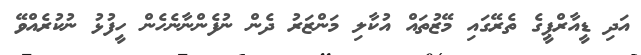
އަދި ޑީއާރްޕީގެ ތެރޭގައި މޭޒުތައް އުކާލި މަންޒަރު ދެން ނުފެންނާނެހެން ހީފުޅު ނުކުރެއްވޭ